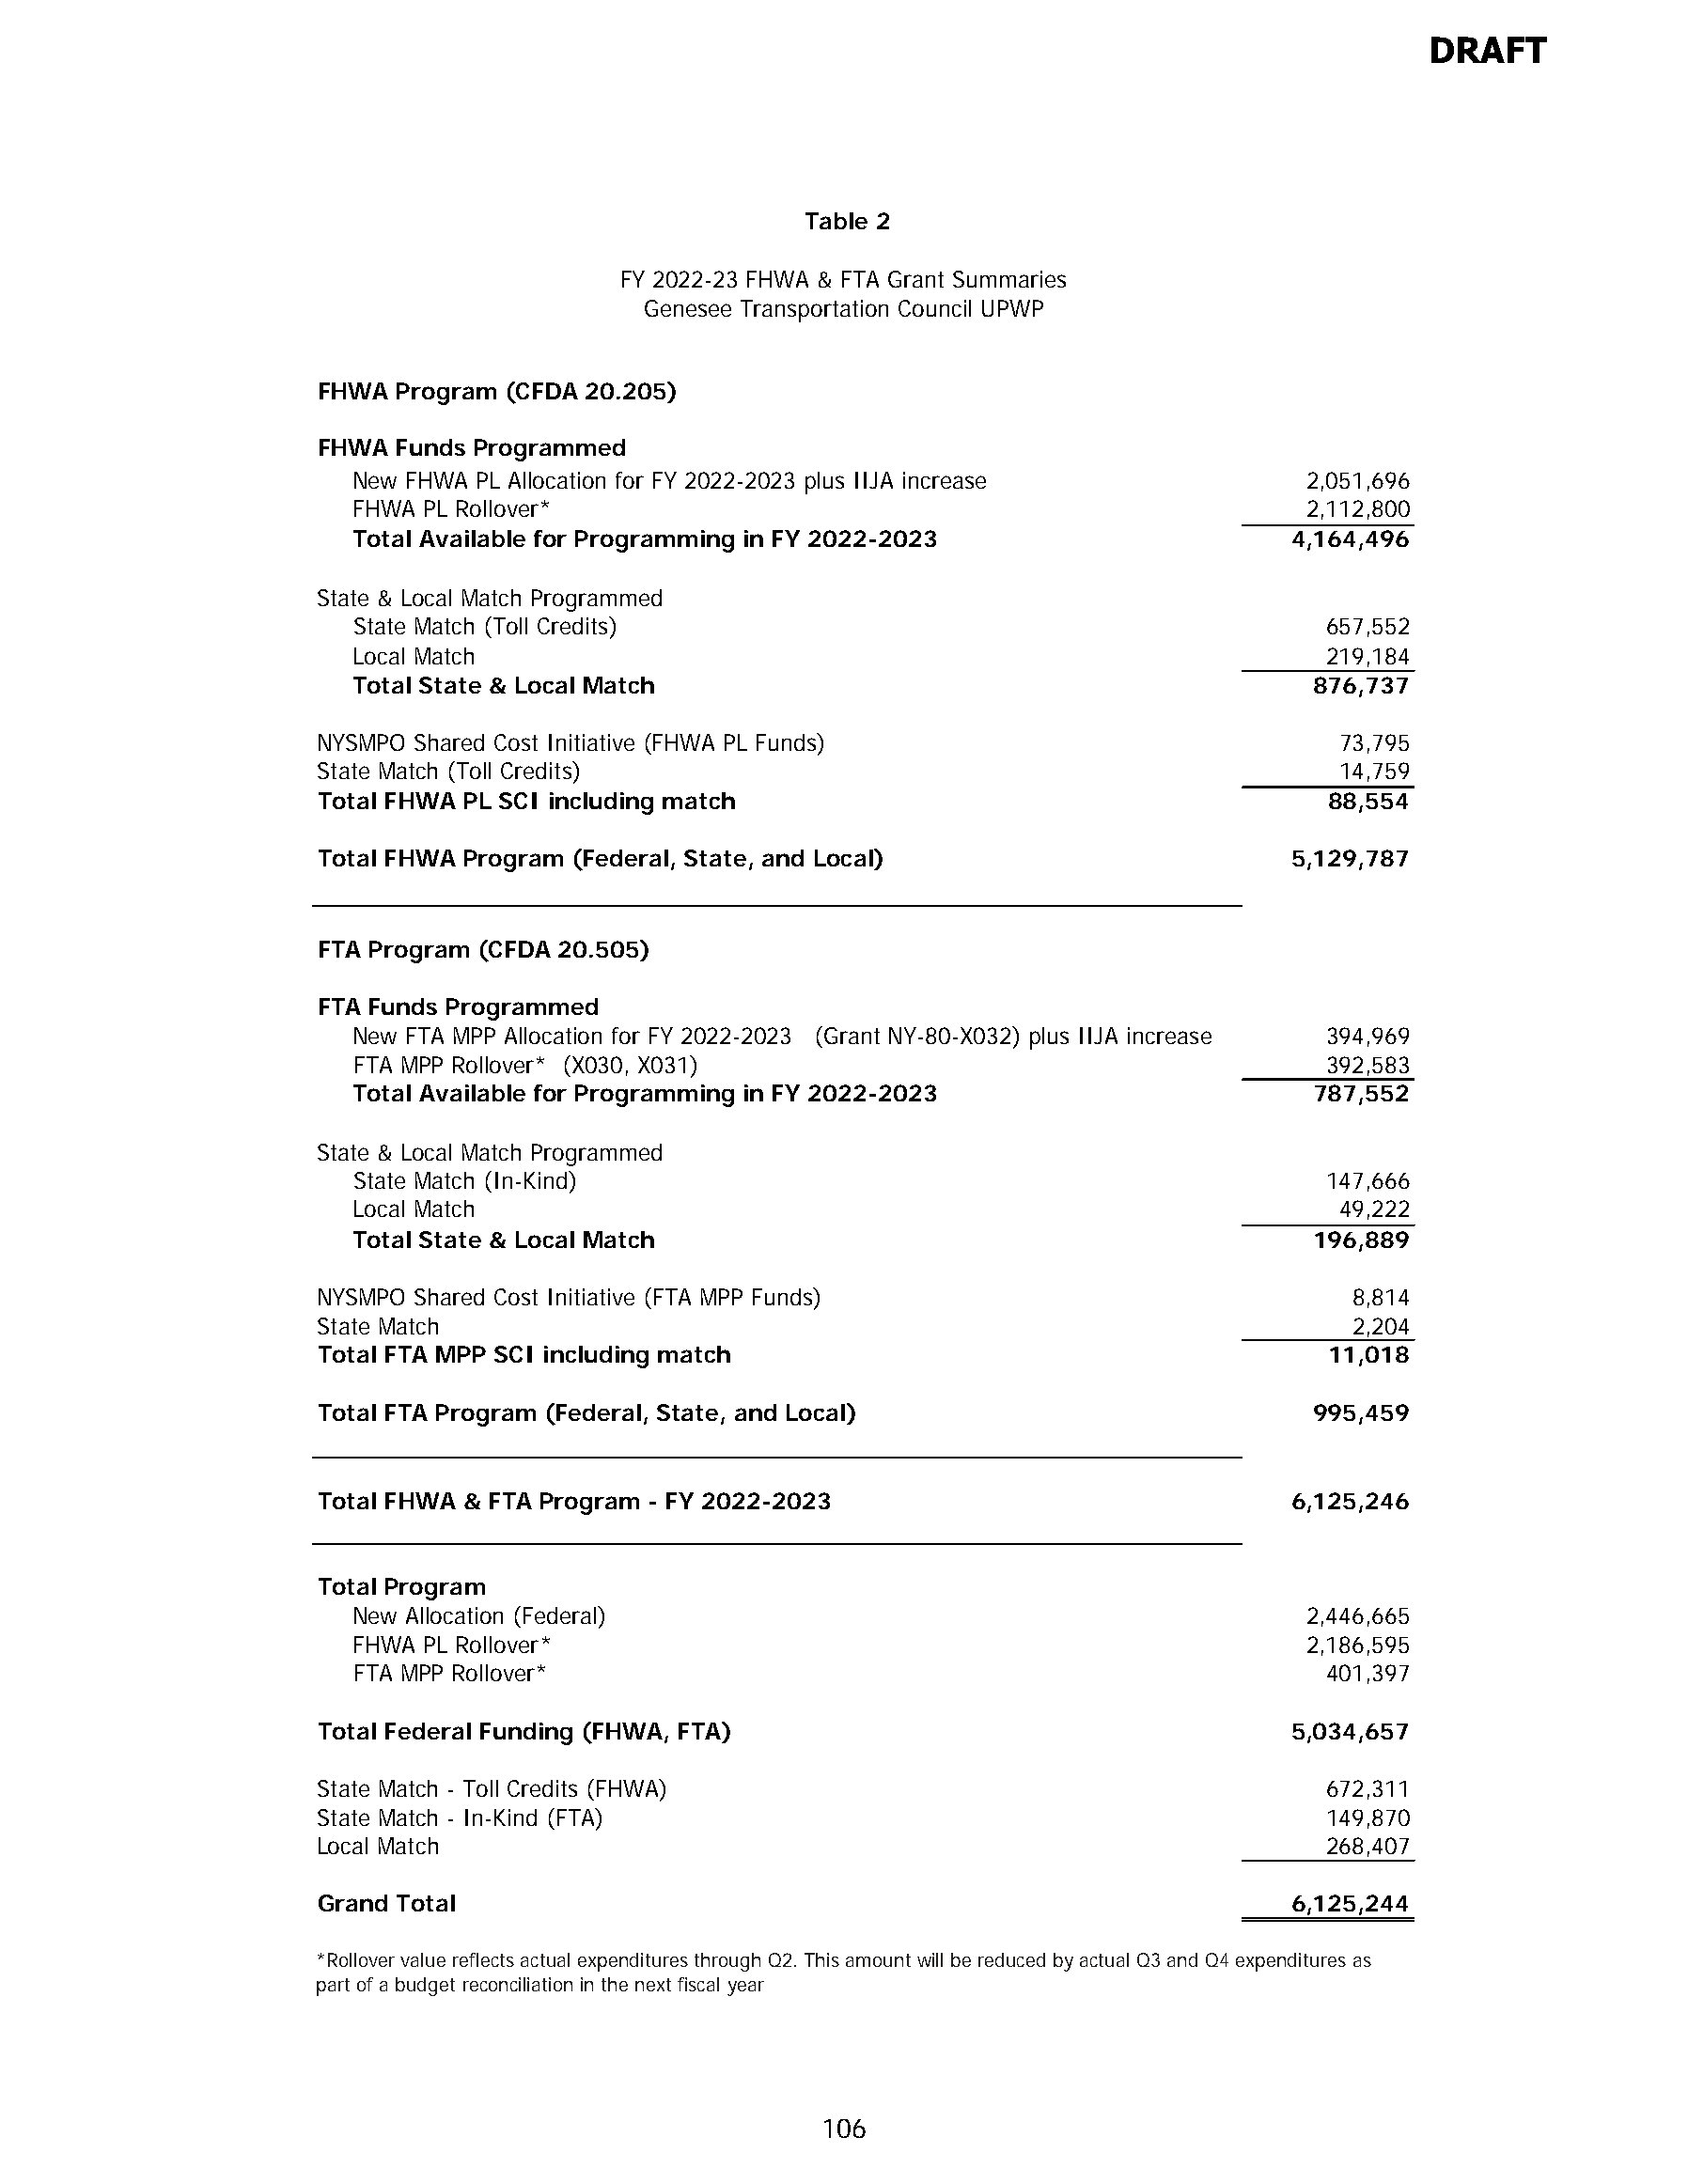
DRAFT
 Table 2
 FY 2022-23 FHWA & FTA Grant Summaries
 Genesee Transportation Council UPWP
 FHWA  Program (CFDA 20.205)
 FHWA  Funds Programmed
 New FHWA PL Allocation for FY 2022-2023 plus IIJA increase         2,051,696
 FHWA PL Rollover*                                                  2,112,800
 Total Available for Programming in FY 2022-2023                   4,164,496
 State & Local Match Programmed
 State Match (Toll Credits)                                          657,552
 Local Match                                                         219,184
 Total State & Local Match                                          876,737
 NYSMPO Shared Cost Initiative (FHWA PL Funds)                           73,795
 State Match (Toll Credits)                                              14,759
 Total FHWA PL SCI including match                                       88,554
 Total FHWA Program (Federal, State, and Local)                       5,129,787
 FTA Program (CFDA 20.505)
 FTA Funds Programmed
 New FTA MPP Allocation for FY 2022-2023 (Grant NY-80-X032) plus IIJA increase 394,969
 FTA MPP Rollover* (X030, X031)                                      392,583
 Total Available for Programming in FY 2022-2023                    787,552
 State & Local Match Programmed
 State Match (In-Kind)                                               147,666
 Local Match                                                          49,222
 Total State & Local Match                                          196,889
 NYSMPO Shared Cost Initiative (FTA MPP Funds)                            8,814
 State Match                                                              2,204
 Total FTA MPP SCI including match                                       11,018
 Total FTA Program (Federal, State, and Local)                         995,459
 Total FHWA & FTA Program - FY 2022-2023                              6,125,246
 Total Program
 New Allocation (Federal)                                           2,446,665
 FHWA PL Rollover*                                                  2,186,595
 FTA MPP Rollover*                                                   401,397
 Total Federal Funding (FHWA, FTA)                                    5,034,657
 State Match - Toll Credits (FHWA)                                      672,311
 State Match - In-Kind (FTA)                                            149,870
 Local Match                                                            268,407
 Grand Total                                                          6,125,244
 *Rollover value reflects actual expenditures through Q2. This amount will be reduced by actual Q3 and Q4 expenditures as
 part of a budget reconciliation in the next fiscal year
 106